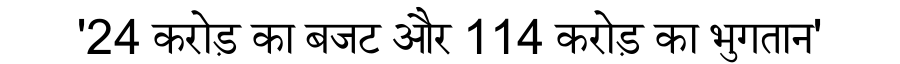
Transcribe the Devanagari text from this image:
'24 करोड़ का बजट और 114 करोड़ का भुगतान'